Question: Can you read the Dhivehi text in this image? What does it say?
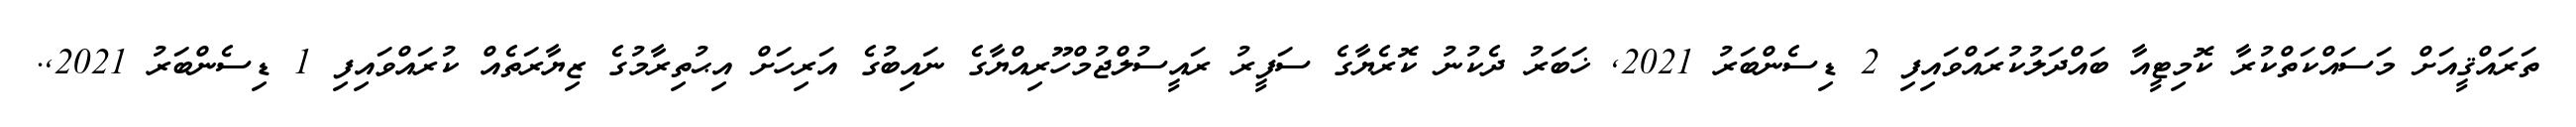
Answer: ތަރައްޤީއަށް މަސައްކަތްކުރާ ކޮމިޓީއާ ބައްދަލުކުރައްވައިފި 2 ޑިސެންބަރު 2021, ޚަބަރު ދެކުނު ކޮރެޔާގެ ސަފީރު ރައީސުލްޖުމްހޫރިއްޔާގެ ނައިބުގެ އަރިހަށް އިޙުތިރާމުގެ ޒިޔާރަތެއް ކުރައްވައިފި 1 ޑިސެންބަރު 2021,.